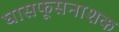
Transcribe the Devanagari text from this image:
घासफूसनाशक